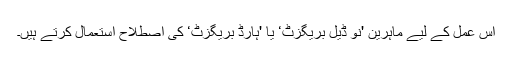
اس عمل کے لیے ماہرین 'نو ڈیل بریگزٹ‘ یا 'ہارڈ بریگزٹ‘ کی اصطلاح استعمال کرتے ہیں۔